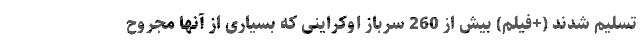
تسلیم شدند (+فیلم) بیش از 260 سرباز اوکراینی که بسیاری از آنها مجروح